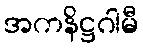
အကနိဋ္ဌဂါမီ